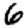
Digit: 6